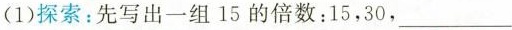
(1)探索：先写出一组15的倍数：15，30，___